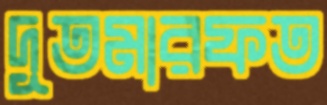
দূতমারফত